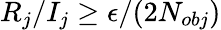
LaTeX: R_{j}/I_{j}\ge\epsilon/(2N_{obj})